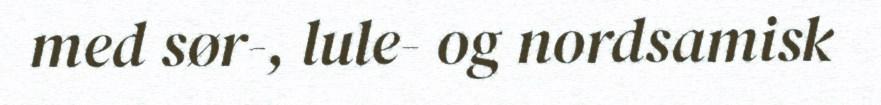
med sør-, lule- og nordsamisk